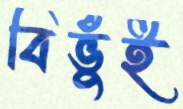
বিভুঁই